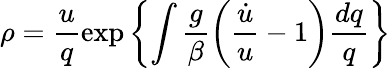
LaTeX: \rho=\frac{u}{q}\exp\left\{ \int\frac{g}{\beta}\left(\frac{\dot{u}}{u}-1\right)\frac{dq}{q}\right\}